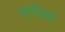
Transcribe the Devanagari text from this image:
तारिकों